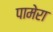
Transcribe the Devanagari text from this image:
पामेरा